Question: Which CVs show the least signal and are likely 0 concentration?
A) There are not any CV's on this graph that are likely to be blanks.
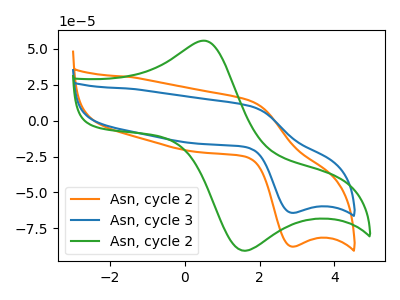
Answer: <think>The orange curve "Asn, cycle 2" has an anodic peak at (1.80V, 13.60uA) and a cathodic peak at (2.85V, -87.65uA). The blue curve "Asn, cycle 3" has an anodic peak at (1.80V, 9.95uA) and a cathodic peak at (2.85V, -64.20uA). The green curve "Asn, cycle 2" has an anodic peak at (0.55V, 55.50uA) and a cathodic peak at (1.60V, -90.60uA).</think>
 <answer>A) There are not any CV's on this graph that are likely to be blanks.</answer>
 <eval>A</eval>